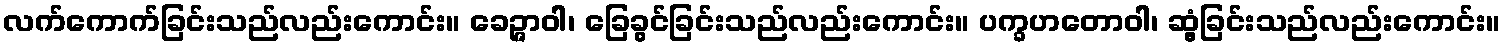
လက်ကောက်ခြင်းသည်လည်းကောင်း။ ခေဉ္ဇာဝါ၊ ခြေခွင်ခြင်းသည်လည်းကောင်း။ ပက္ခဟတောဝါ၊ ဆွံ့ခြင်းသည်လည်းကောင်း။